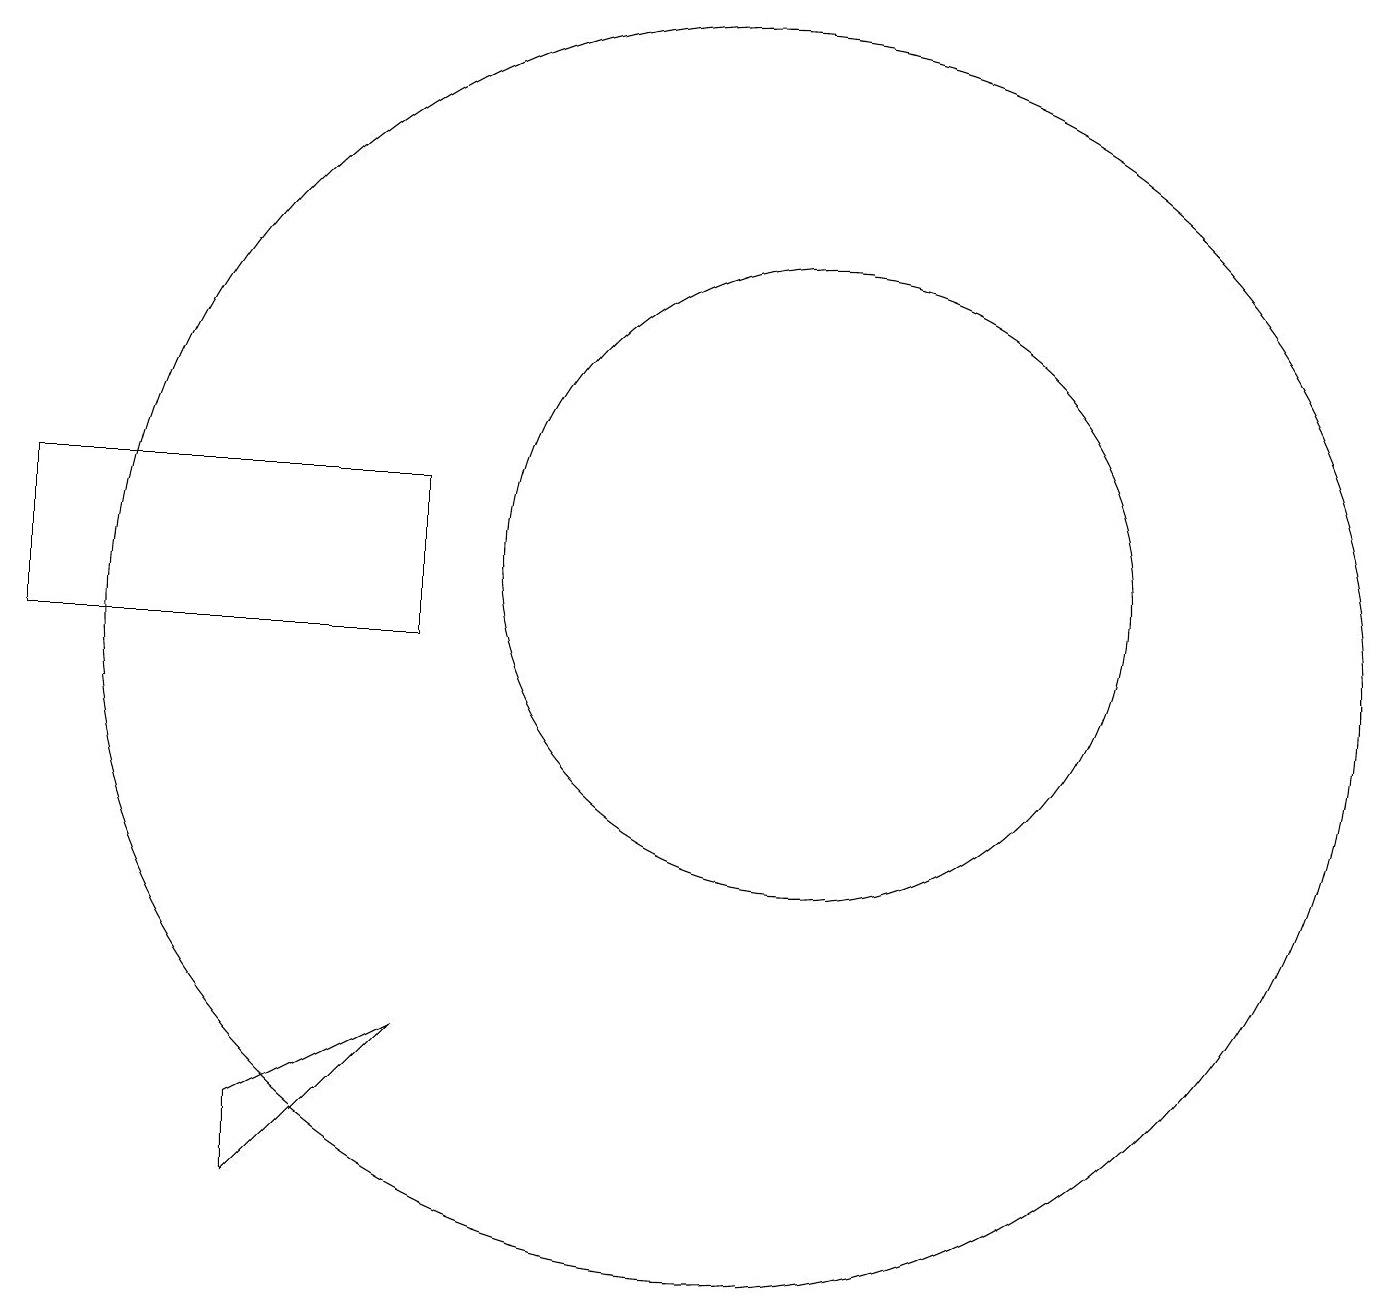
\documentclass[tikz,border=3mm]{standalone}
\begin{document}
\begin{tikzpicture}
\draw (11,11) circle (8);
\draw (5,4) -- (5,5) -- (7,6) -- cycle;
\draw (10,11) circle (0);
\draw (7,13) rectangle (2,11);
\draw (12,12) circle (4);
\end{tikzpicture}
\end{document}